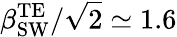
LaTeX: \beta_{\mathrm{SW}}^{\mathrm{TE}}/\sqrt{2}\simeq 1.6